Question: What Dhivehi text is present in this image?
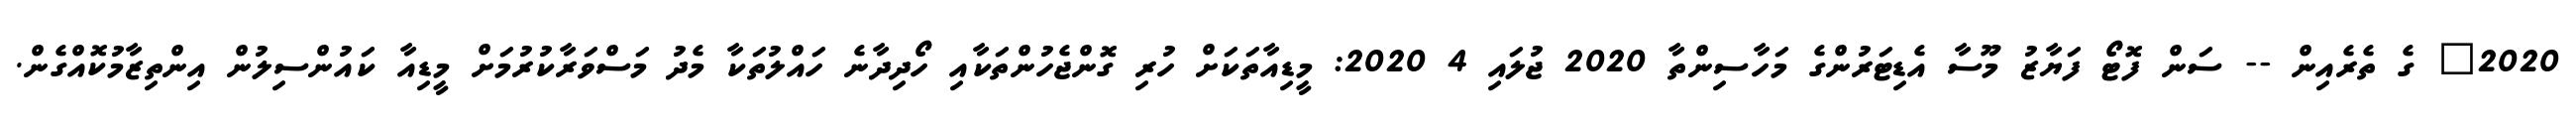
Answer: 2020" ގެ ތެރެއިން -- ސަން ފޮޓޯ ފަޔާޒު މޫސާ އެޑިޓަރުންގެ މަހާސިންތާ 2020 ޖުލައި 4 2020: މީޑިއާތަކަށް ހުރި ގޮންޖެހުންތަކާއި ހޯދިދާނެ ހައްލުތަކާ މެދު މަސްވަރާކުރުމަށް މީޑިއާ ކައުންސިލުން އިންތިޒާމުކޮއްގެން.